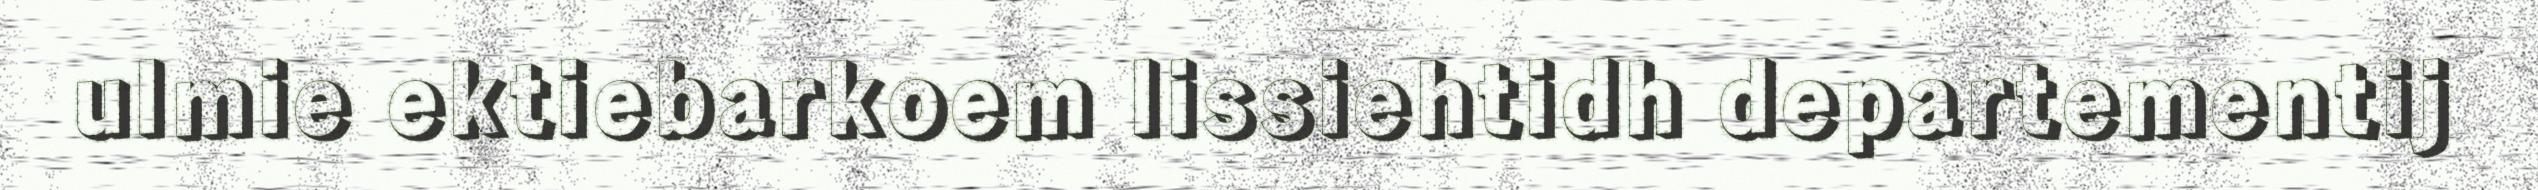
ulmie ektiebarkoem lissiehtidh departementij